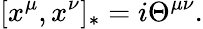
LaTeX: \lbrack x^{\mu},x^{\nu}]_{*}=i\Theta^{\mu\nu}.